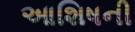
આશિષની